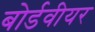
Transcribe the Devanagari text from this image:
बोर्डवीयर